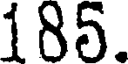
185.